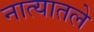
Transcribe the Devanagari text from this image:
नात्यातले